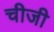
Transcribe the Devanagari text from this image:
चीजी